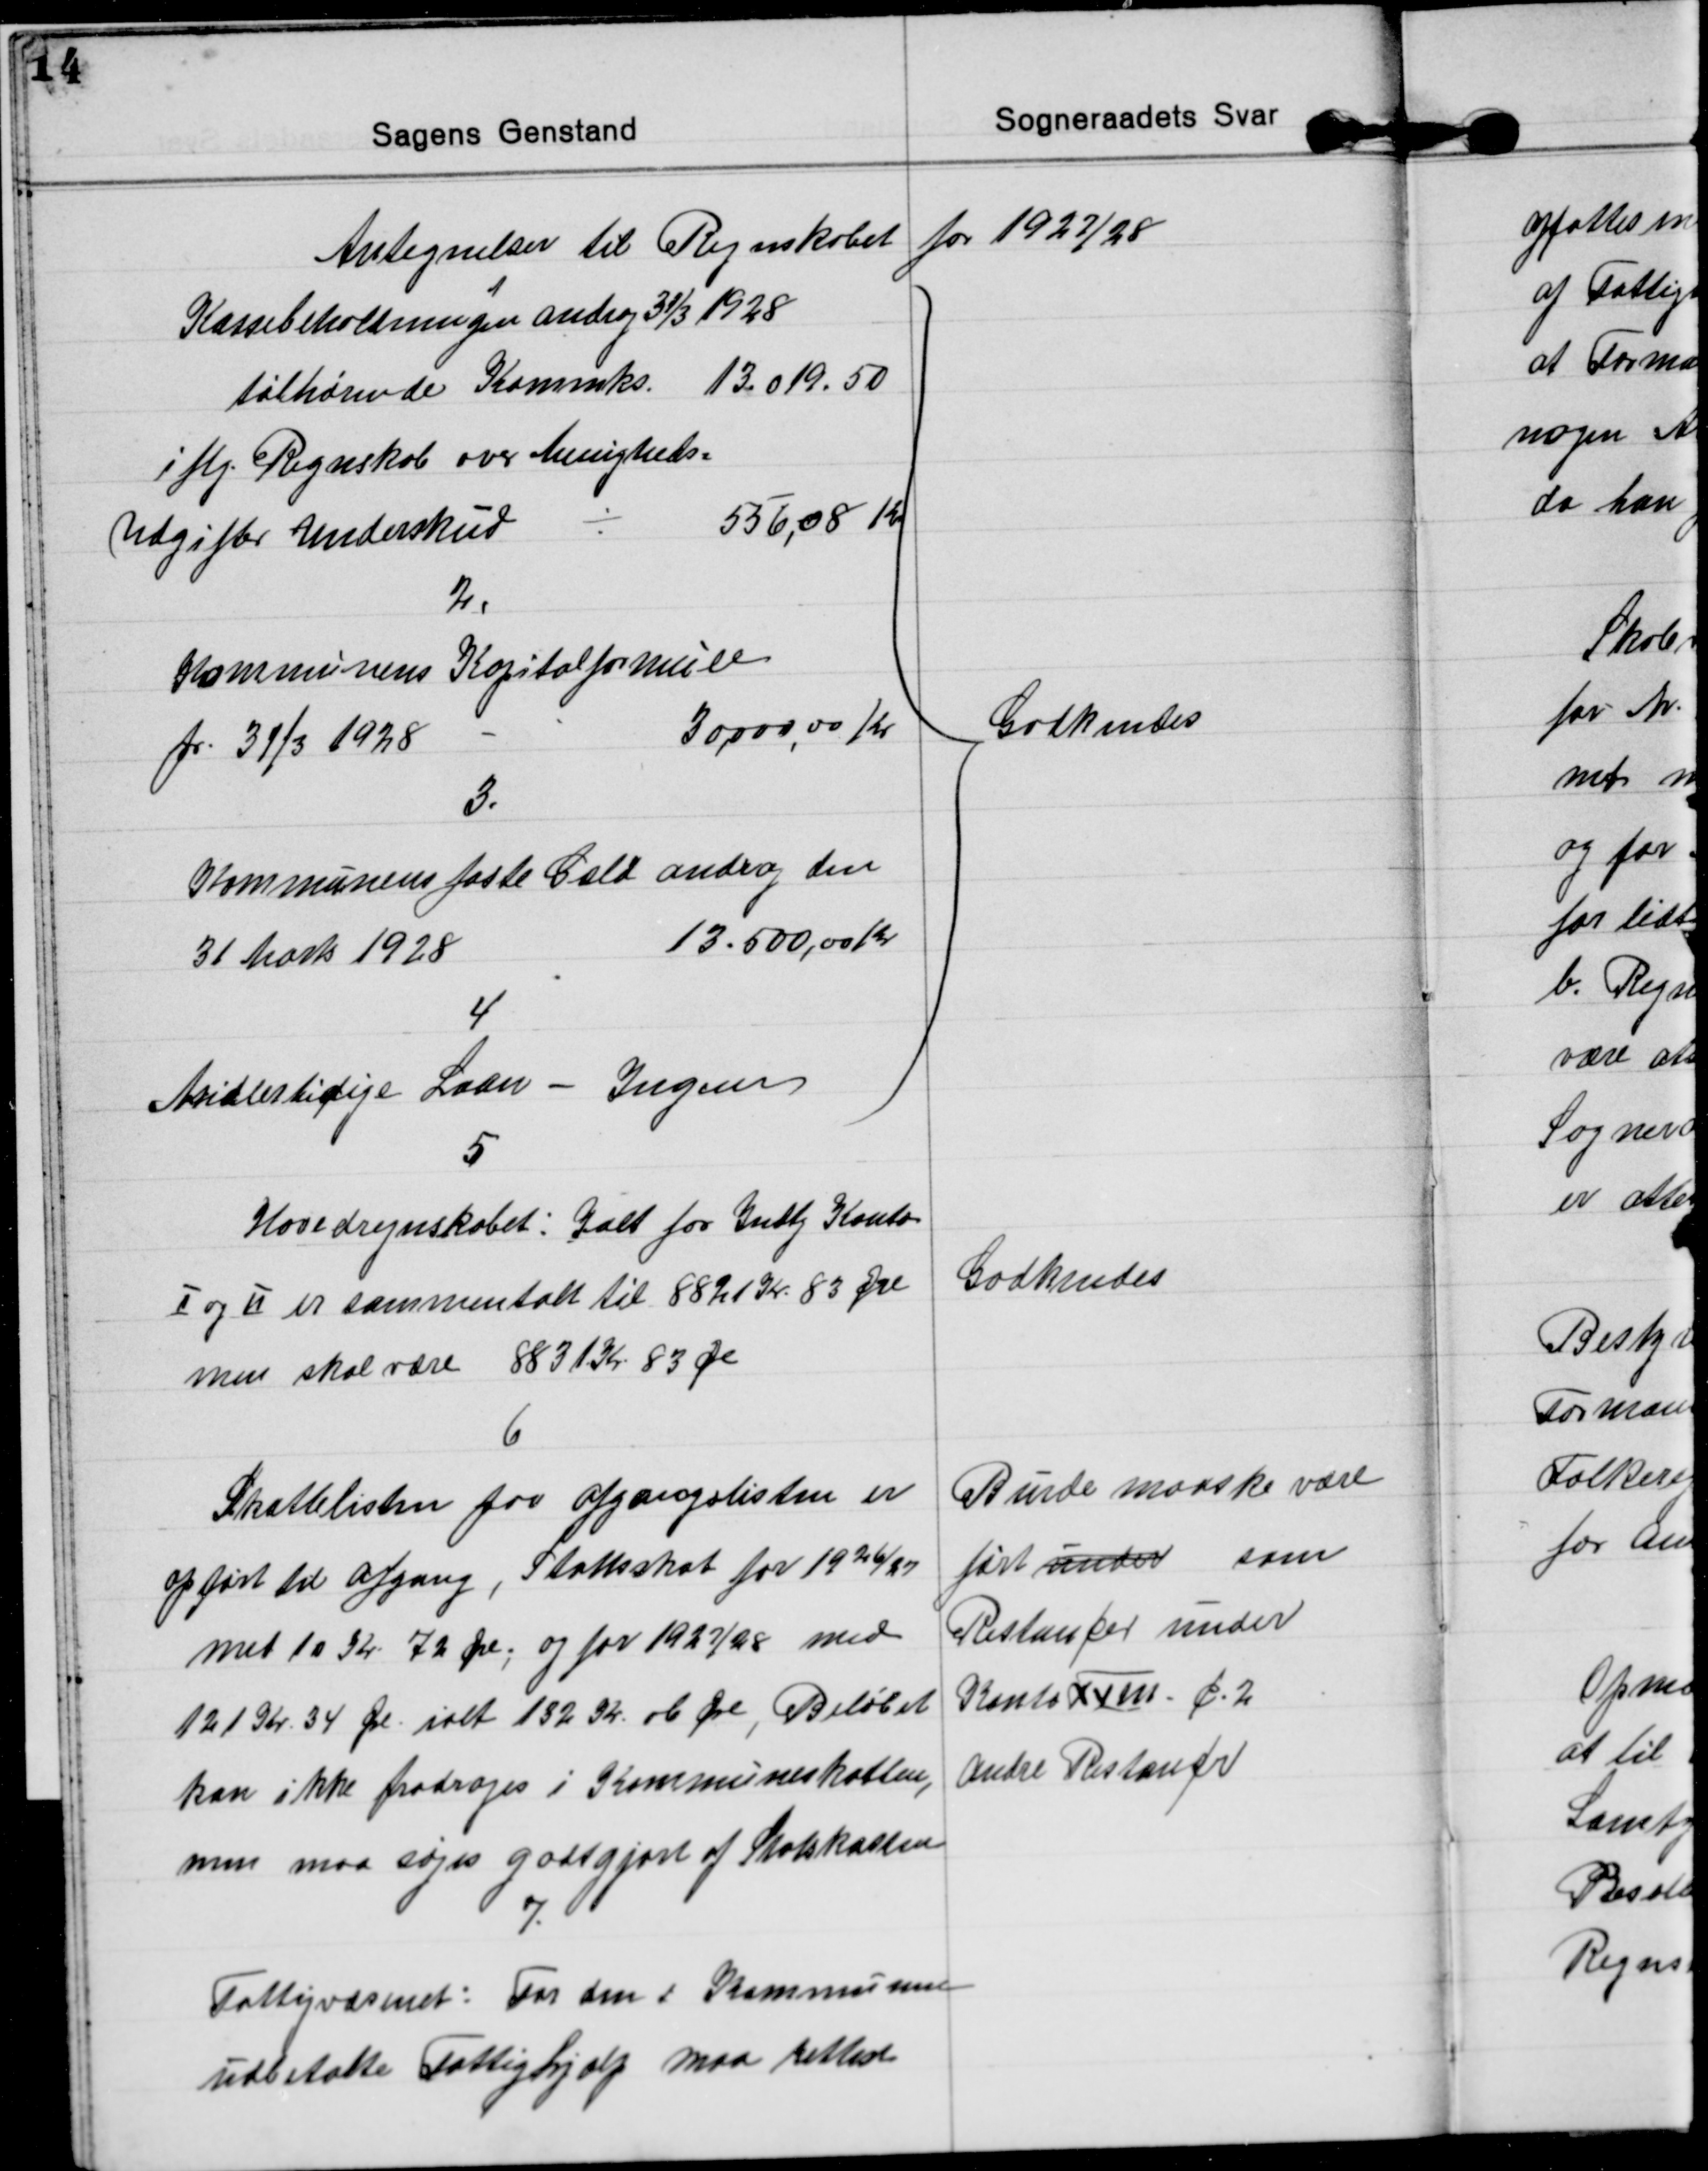
Transskription:
Antegnelser til Regnskabet for 1927/28

1
Kassebeholdningen androg 31/3 1928
tilhørende Kommks. 13.019.50
iflg. Regnskab over Menigheds=
Udgifter Underskud 
÷
556,08 Kr
2.
Kommunens Kapitalformuer
pr. 31/3 1928 
30,000,00 Kr.
3.
Kommunens faste Gæld androg den
31 Marts 1928 
13.500,00 Kr
4
Midlertidige Laan - Ingen
Godkendes

5
Hovedregnskabet: Ialt for Indtg. Konto
Ⅰ og Ⅱ er sammentalt til 8821 Kr 83 Øre
men skal være 8831 Kr 83 Øre
Godkendes

6
Skattelisten for afgangslisten er
opført til afgang, Stattsskat for 1926/27
med 10 Kr 72 Øre; og for 1927/28 med
121 Kr. 34 Øre. ialt 132 Kr 06 Øre, Beløbet
kan ikke fradrages i Kommuneskatten,
men maa søges godtgjort af Statskassen    
Burde maaske være
ført under som
Restancer under
Konto XVIII C. 2
andre Restancer
7.
Fattigvæsenet: For den i Kommunen
udbetalte Fattighjælp maa rettere